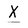
Character: X